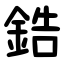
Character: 鋯